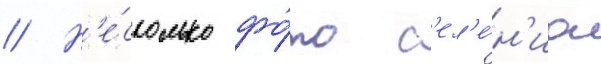
// Н'е́сколько фо́то с'ел'е́н'иа